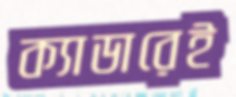
ক্যাডারেই